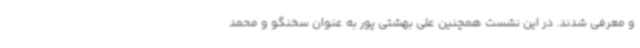
و معرفی شدند. در این نشست همچنین علی بهشتی پور به عنوان سخنگو و محمد